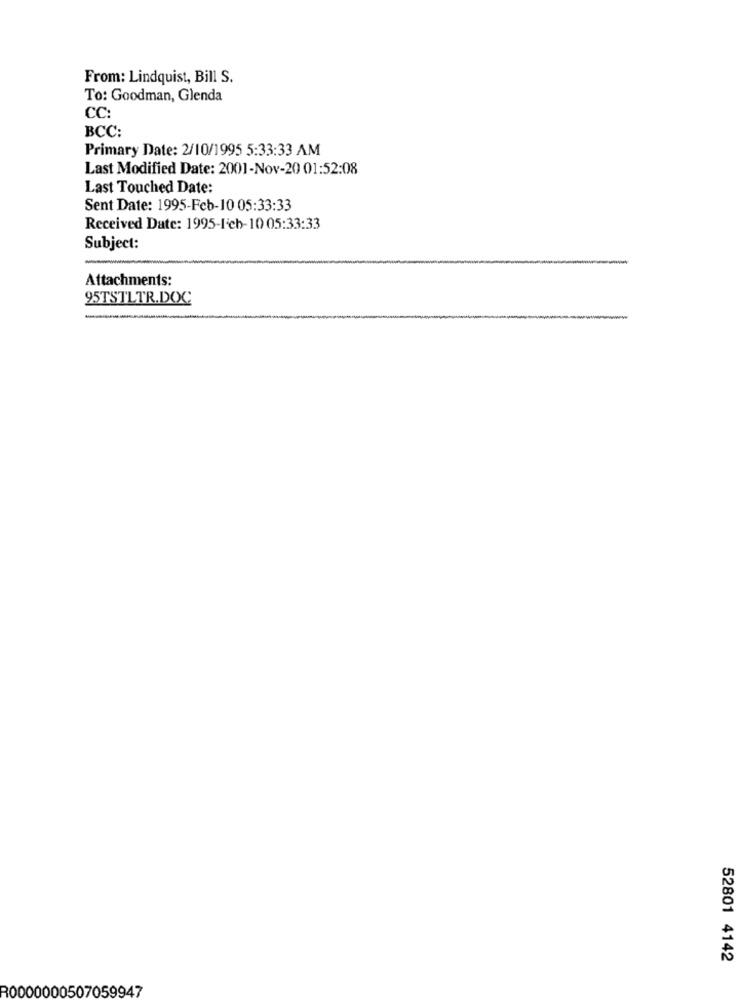
From: Lindquist, Bill S.
To: Goodman, Glenda
CC:
BCC:
Primary Date: 2/10/1995 5:33:33 AM
Last Modified Date: 2001-Nov-20 01:52:08
Last Touched Date:
Sent Date: 1995-Feb-10 05:33:33
Received Date: 1995-1cb-10 05:33:33
Subject:
Attachments:
95TSTLTR.DOC
52801 4142
R0000000507059947